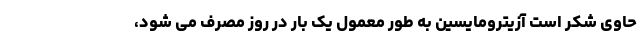
حاوی شکر است آزیترومایسین به طور معمول یک بار در روز مصرف می شود،